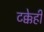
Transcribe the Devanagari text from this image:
टक्केही